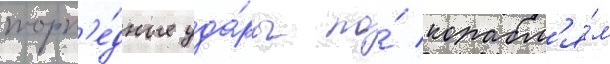
торп'е́дные уда́ры по́ корабл'я́м